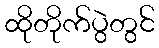
ထိုတိုက်ပွဲတွင်